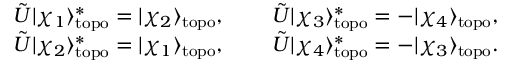
\begin{array} { r l r } { \tilde { U } | \chi _ { 1 } \rangle _ { \mathrm { t o p o } } ^ { * } = | \chi _ { 2 } \rangle _ { \mathrm { t o p o } } , } & { \ } & { \tilde { U } | \chi _ { 3 } \rangle _ { \mathrm { t o p o } } ^ { * } = - | \chi _ { 4 } \rangle _ { \mathrm { t o p o } } , } \\ { \tilde { U } | \chi _ { 2 } \rangle _ { \mathrm { t o p o } } ^ { * } = | \chi _ { 1 } \rangle _ { \mathrm { t o p o } } , } & { \ } & { \tilde { U } | \chi _ { 4 } \rangle _ { \mathrm { t o p o } } ^ { * } = - | \chi _ { 3 } \rangle _ { \mathrm { t o p o } } . } \end{array}